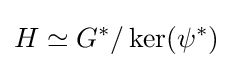
H\simeq G^{\ast }/\ker(\psi ^{\ast })